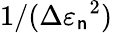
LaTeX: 1/(\Delta{\varepsilon_{\mathsf{n}}}^{2})